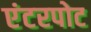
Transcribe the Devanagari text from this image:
एंटरपोट